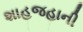
શાહજહાની